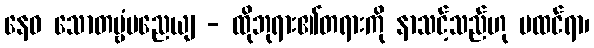
နေဝ သောတဗ္ဗံမညေယျ - ထိုဘုရား၏တရားကို နာသင့်သည်ဟု မထင်ရာ၊